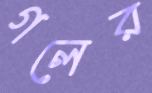
গলের